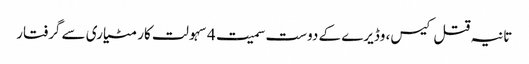
تانیہ قتل کیس، وڈیرے کے دوست سمیت 4 سہولت کار مٹیاری سے گرفتار